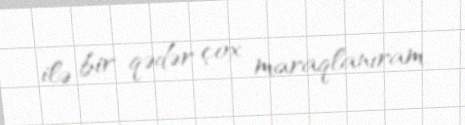
ilə bir qədər çox maraqlanıram.